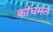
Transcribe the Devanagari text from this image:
कांधमल